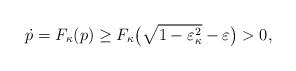
LaTeX: \begin{align*}\dot{p}=F_{\kappa}(p)\geq F_{\kappa}\big(\sqrt{1-\varepsilon_{\kappa}^{2}}-\varepsilon\big)>0,\end{align*}